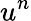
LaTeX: u^{n}